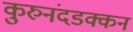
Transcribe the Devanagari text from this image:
कुरुनंदडक्कन